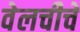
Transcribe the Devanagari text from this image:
वेलचीचे